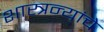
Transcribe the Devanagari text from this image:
शास्त्रन्यांचे